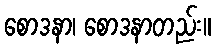
စောဒနာ၊ စောဒနာတည်း။